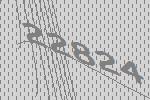
22824